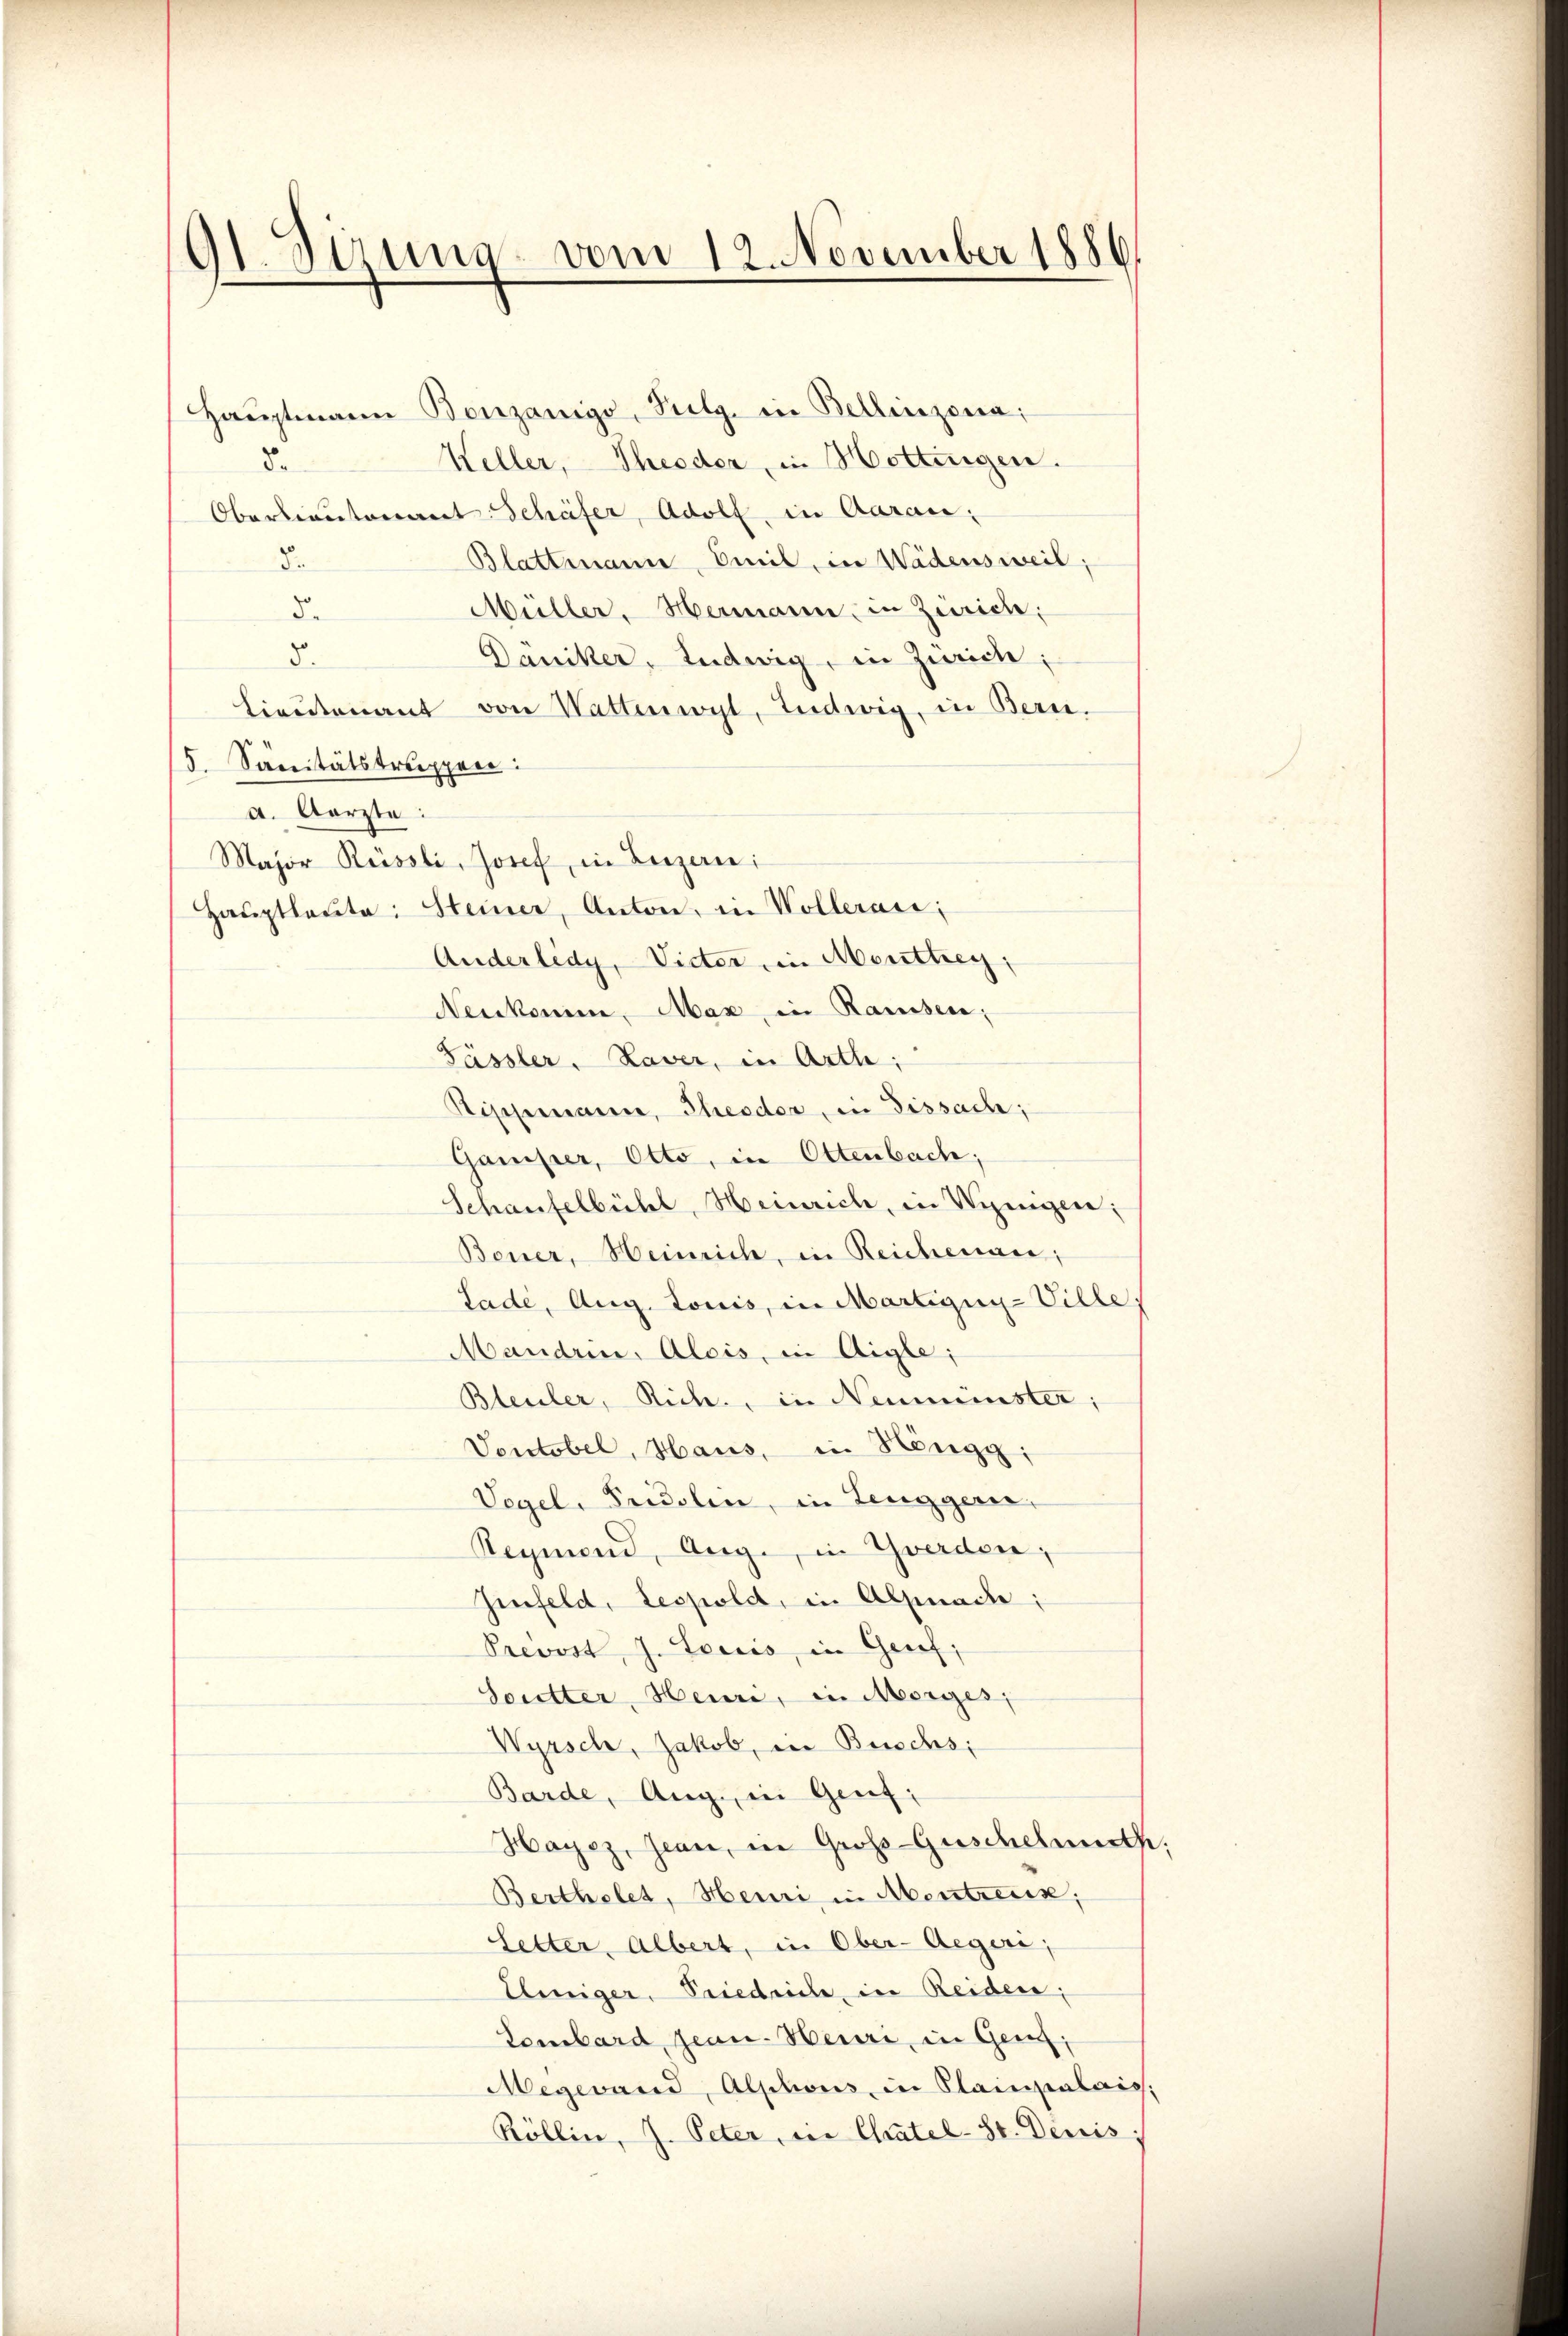
9t. Sizung vom 12. November 1886

Haŭptmann Bonzanigo, Pulg. in Bellinzona;
Keller, Theodor, in Hottingen.
8.
Oberlieutenant Schäfer, Adolf, in Aarau
Blattmann, Omil, in Wädensweil,
B.
Müller, Hermann, in Zürich.
de
8.
Däniker, Ludwig, in Zürich;
Lieutenant von Wattenwyl, tentwig, in Bern.
5. Sanitätstruppen:
a. Aerzte:
Major Russli, Josef, in Luzerne
Haŭptleŭte: Steiner, Anton, in Wollerais;
Anderledy, Victor ein Menthey,
Neukomm. Max in Ramssen;
Fässler, Laver, in Arth;
Stippmann, Theoder, in Dissach;
Gamper, Otto, in Ottenbach,
Schaufelbühl, Heinrich, in Vizeigen;
Boner, Heinrich, in Reichenau;
Lade, Aug. Louis, in Martigny-Ville.
Maudrin. Alois, in Aigle;
Bleuler, Rich, in Neumünster;
Ventobel, Haus, in Höngg;
Vegel, Fridolen, in Leugger,
Regmund, Aug., in Yverden,
Zinfeld, Leopold, in Alpnache;
Prevost, J. Touris, in Genf;
Soutter, Heuri, in Morges,
Wyrsch, Jakob, in Buschs;
Barde, Aug. in Genf,
Hayez, Jean, in Groß-Guschelmuth.
Berthelet, Heuri in Montreux;
Setter, Albert, in Ober-Aeger;
Einiger, Priedrich, in Reiden:
Lombard, Jean-Heuri, in Genf,
Megewand, Alphons, in Plainpalais.
Röllin, J. Peter, in Chätel-St. Denis: